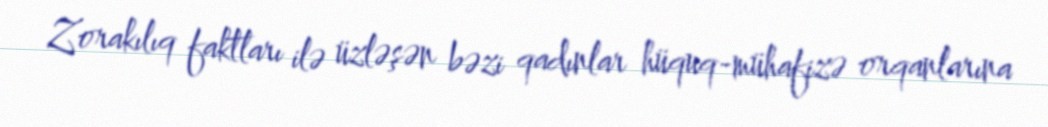
Zorakılıq faktları ilə üzləşən bəzi qadınlar hüquq-mühafizə orqanlarına